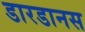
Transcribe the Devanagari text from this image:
डारडानस